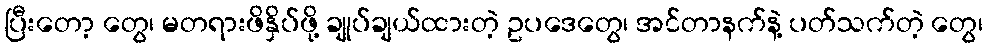
ပြီးတော့ တွေ၊ မတရားဖိနှိပ်ဖို့ ချုပ်ချယ်ထားတဲ့ ဥပဒေတွေ၊ အင်တာနက်နဲ့ ပတ်သက်တဲ့ တွေ၊